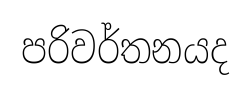
පරිවර්තනයද